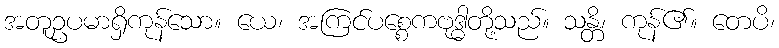
အတူဥပမာရှိကုန်သော။ ယေ၊ အကြင်ပစ္စေကဗုဒ္ဓါတို့သည်။ သန္တိ၊ ကုန်၏။ တေပိ၊